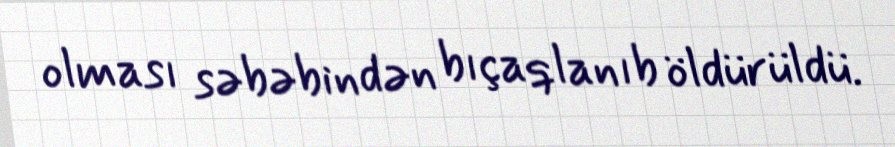
olması səbəbindən bıçaqlanıb öldürüldü.